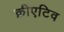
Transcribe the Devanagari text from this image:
क्रीएटिव